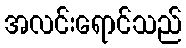
အလင်းရောင်သည်